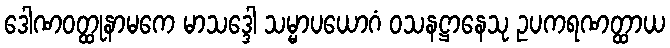
ဒေါဏဝတ္ထုနာမကေ မာသဒ္ဒေါ သမ္မာပယောဂံ ဝသနဋ္ဌာနေသု ဥပကရဏတ္ထာယ